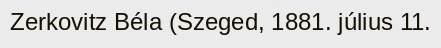
Zerkovitz Béla (Szeged, 1881. július 11.